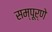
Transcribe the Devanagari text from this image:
सम्पूर्णे